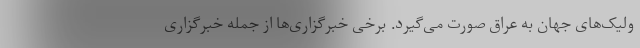
ولیک‌های جهان به عراق صورت می‌گیرد. برخی خبرگزاری‌ها از جمله خبرگزاری